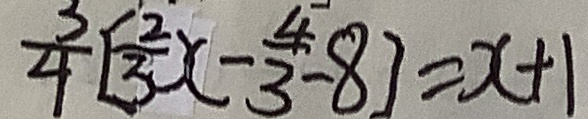
\frac { 3 } { 4 } [ \frac { 2 } { 3 } x - \frac { 4 } { 3 } - 8 ] = x + 1